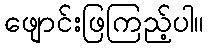
ဖျောင်းဖြကြည့်ပါ။